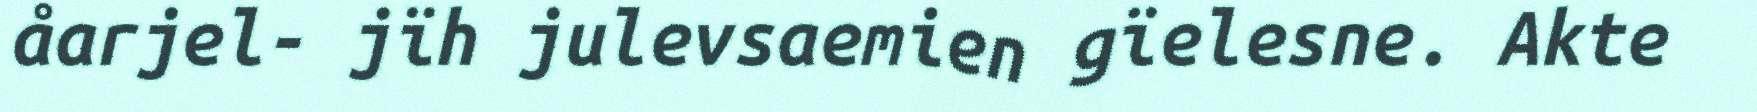
åarjel- jïh julevsaemien gïelesne. Akte